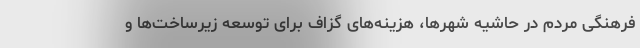
فرهنگی مردم در حاشیه شهرها، هزینه‌های گزاف برای توسعه زیرساخت‌ها و